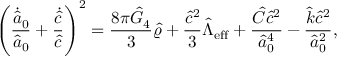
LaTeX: \left( { \frac { \dot { \hat { a } _ { 0 } } } { \hat { a } _ { 0 } } } + { \frac { \dot { \hat { c } } } { \hat { c } } } \right) ^ { 2 } = { \frac { 8 \pi \hat { G } _ { 4 } } { 3 } } \hat { \varrho } + { \frac { \hat { c } ^ { 2 } } { 3 } } \hat { \Lambda } _ { \mathrm { e f f } } + { \frac { \hat { \cal C } \hat { c } ^ { 2 } } { \hat { a } _ { 0 } ^ { 4 } } } - { \frac { \hat { k } \hat { c } ^ { 2 } } { \hat { a } _ { 0 } ^ { 2 } } } ,